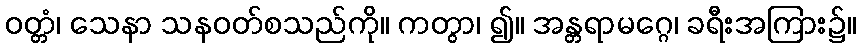
ဝတ္တံ၊ သေနာ သနဝတ်စသည်ကို။ ကတွာ၊ ၍။ အန္တရာမဂ္ဂေ၊ ခရီးအကြား၌။